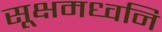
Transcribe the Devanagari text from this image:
सूक्षमध्वनि